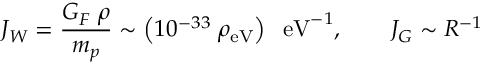
J _ { W } = { \frac { G _ { F } \; \rho } { m _ { p } } } \sim \left( 1 0 ^ { - 3 3 } \; \rho _ { \mathrm { e V } } \right) \; \; \mathrm { e V } ^ { - 1 } , \qquad J _ { G } \sim R ^ { - 1 }